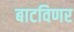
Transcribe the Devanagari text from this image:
बाटविणर